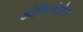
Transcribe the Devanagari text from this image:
ओरिओलेस